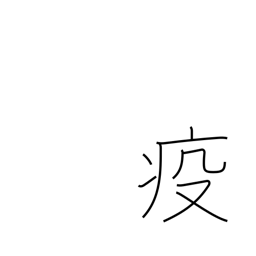
Meaning: epidemic